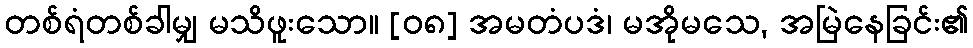
တစ်ရံတစ်ခါမျှ မသိဖူးသော။ [၀၈] အမတံပဒံ၊ မအိုမသေ, အမြဲနေခြင်း၏